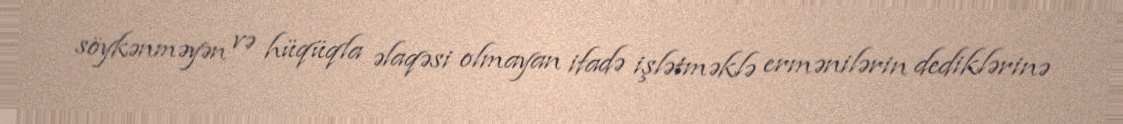
söykənməyən və hüqüqla əlaqəsi olmayan ifadə işlətməklə ermənilərin dediklərinə